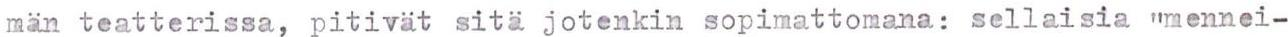
män teatterissa, pitivät sitä jotenkin sopimattomana: sellaisia "mennei-